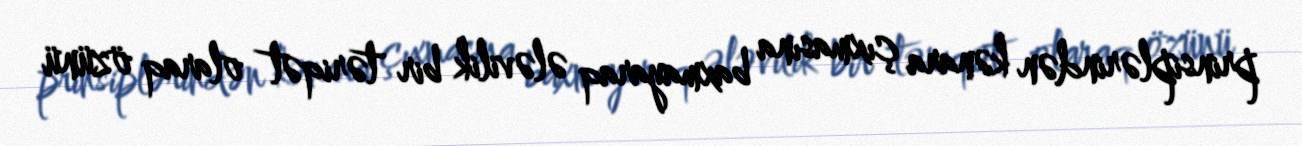
prinsiplərindən kənara çıxmasına baxmayaraq ələvilik bir təriqət olaraq özünü